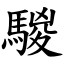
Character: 騣